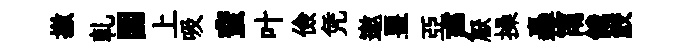
撤乹圍上吸蜚叶儉凭邀堊亞声厭操轟甯餓鮫